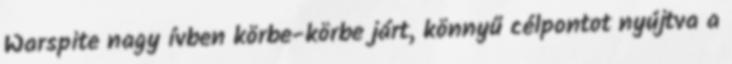
Warspite nagy ívben körbe-körbe járt, könnyű célpontot nyújtva a